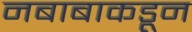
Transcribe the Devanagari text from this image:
नबाबाकडून